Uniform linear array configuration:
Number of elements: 64
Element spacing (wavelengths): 0.5
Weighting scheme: hann
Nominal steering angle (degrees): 15
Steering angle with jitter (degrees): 14.414
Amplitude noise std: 0.05
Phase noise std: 0.05

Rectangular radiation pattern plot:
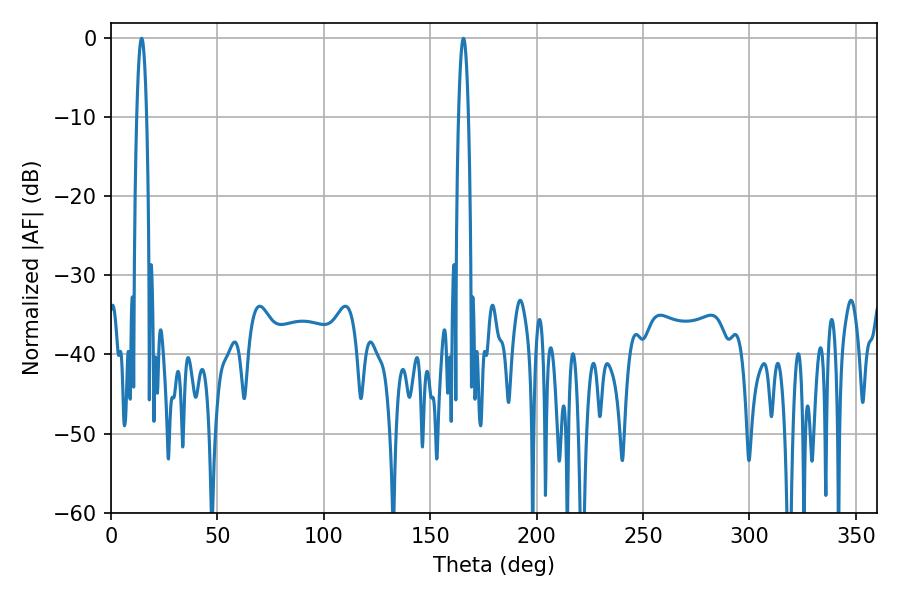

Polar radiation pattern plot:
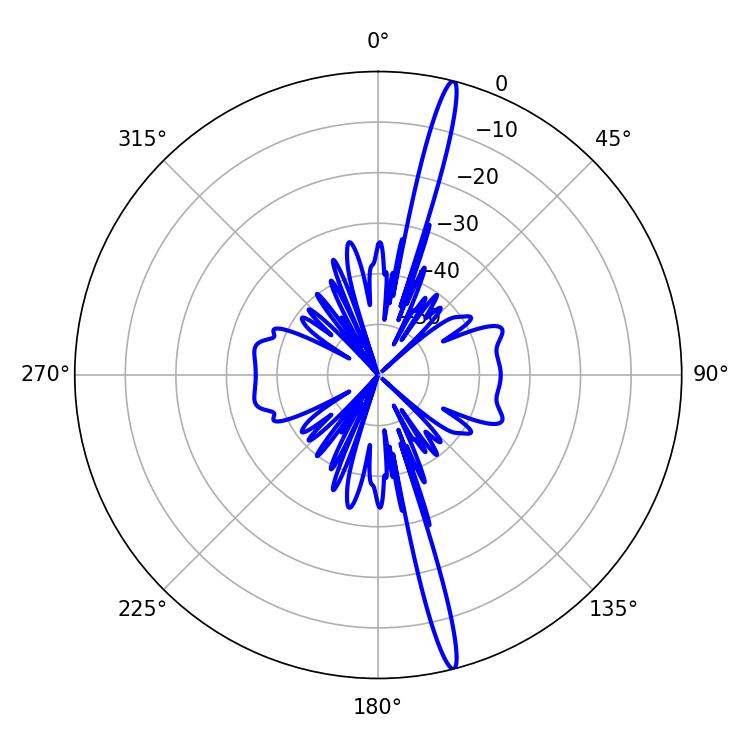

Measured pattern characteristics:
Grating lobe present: FALSE
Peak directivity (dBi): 19.158
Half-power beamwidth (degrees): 2.52
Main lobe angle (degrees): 14.4